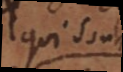
qui ont